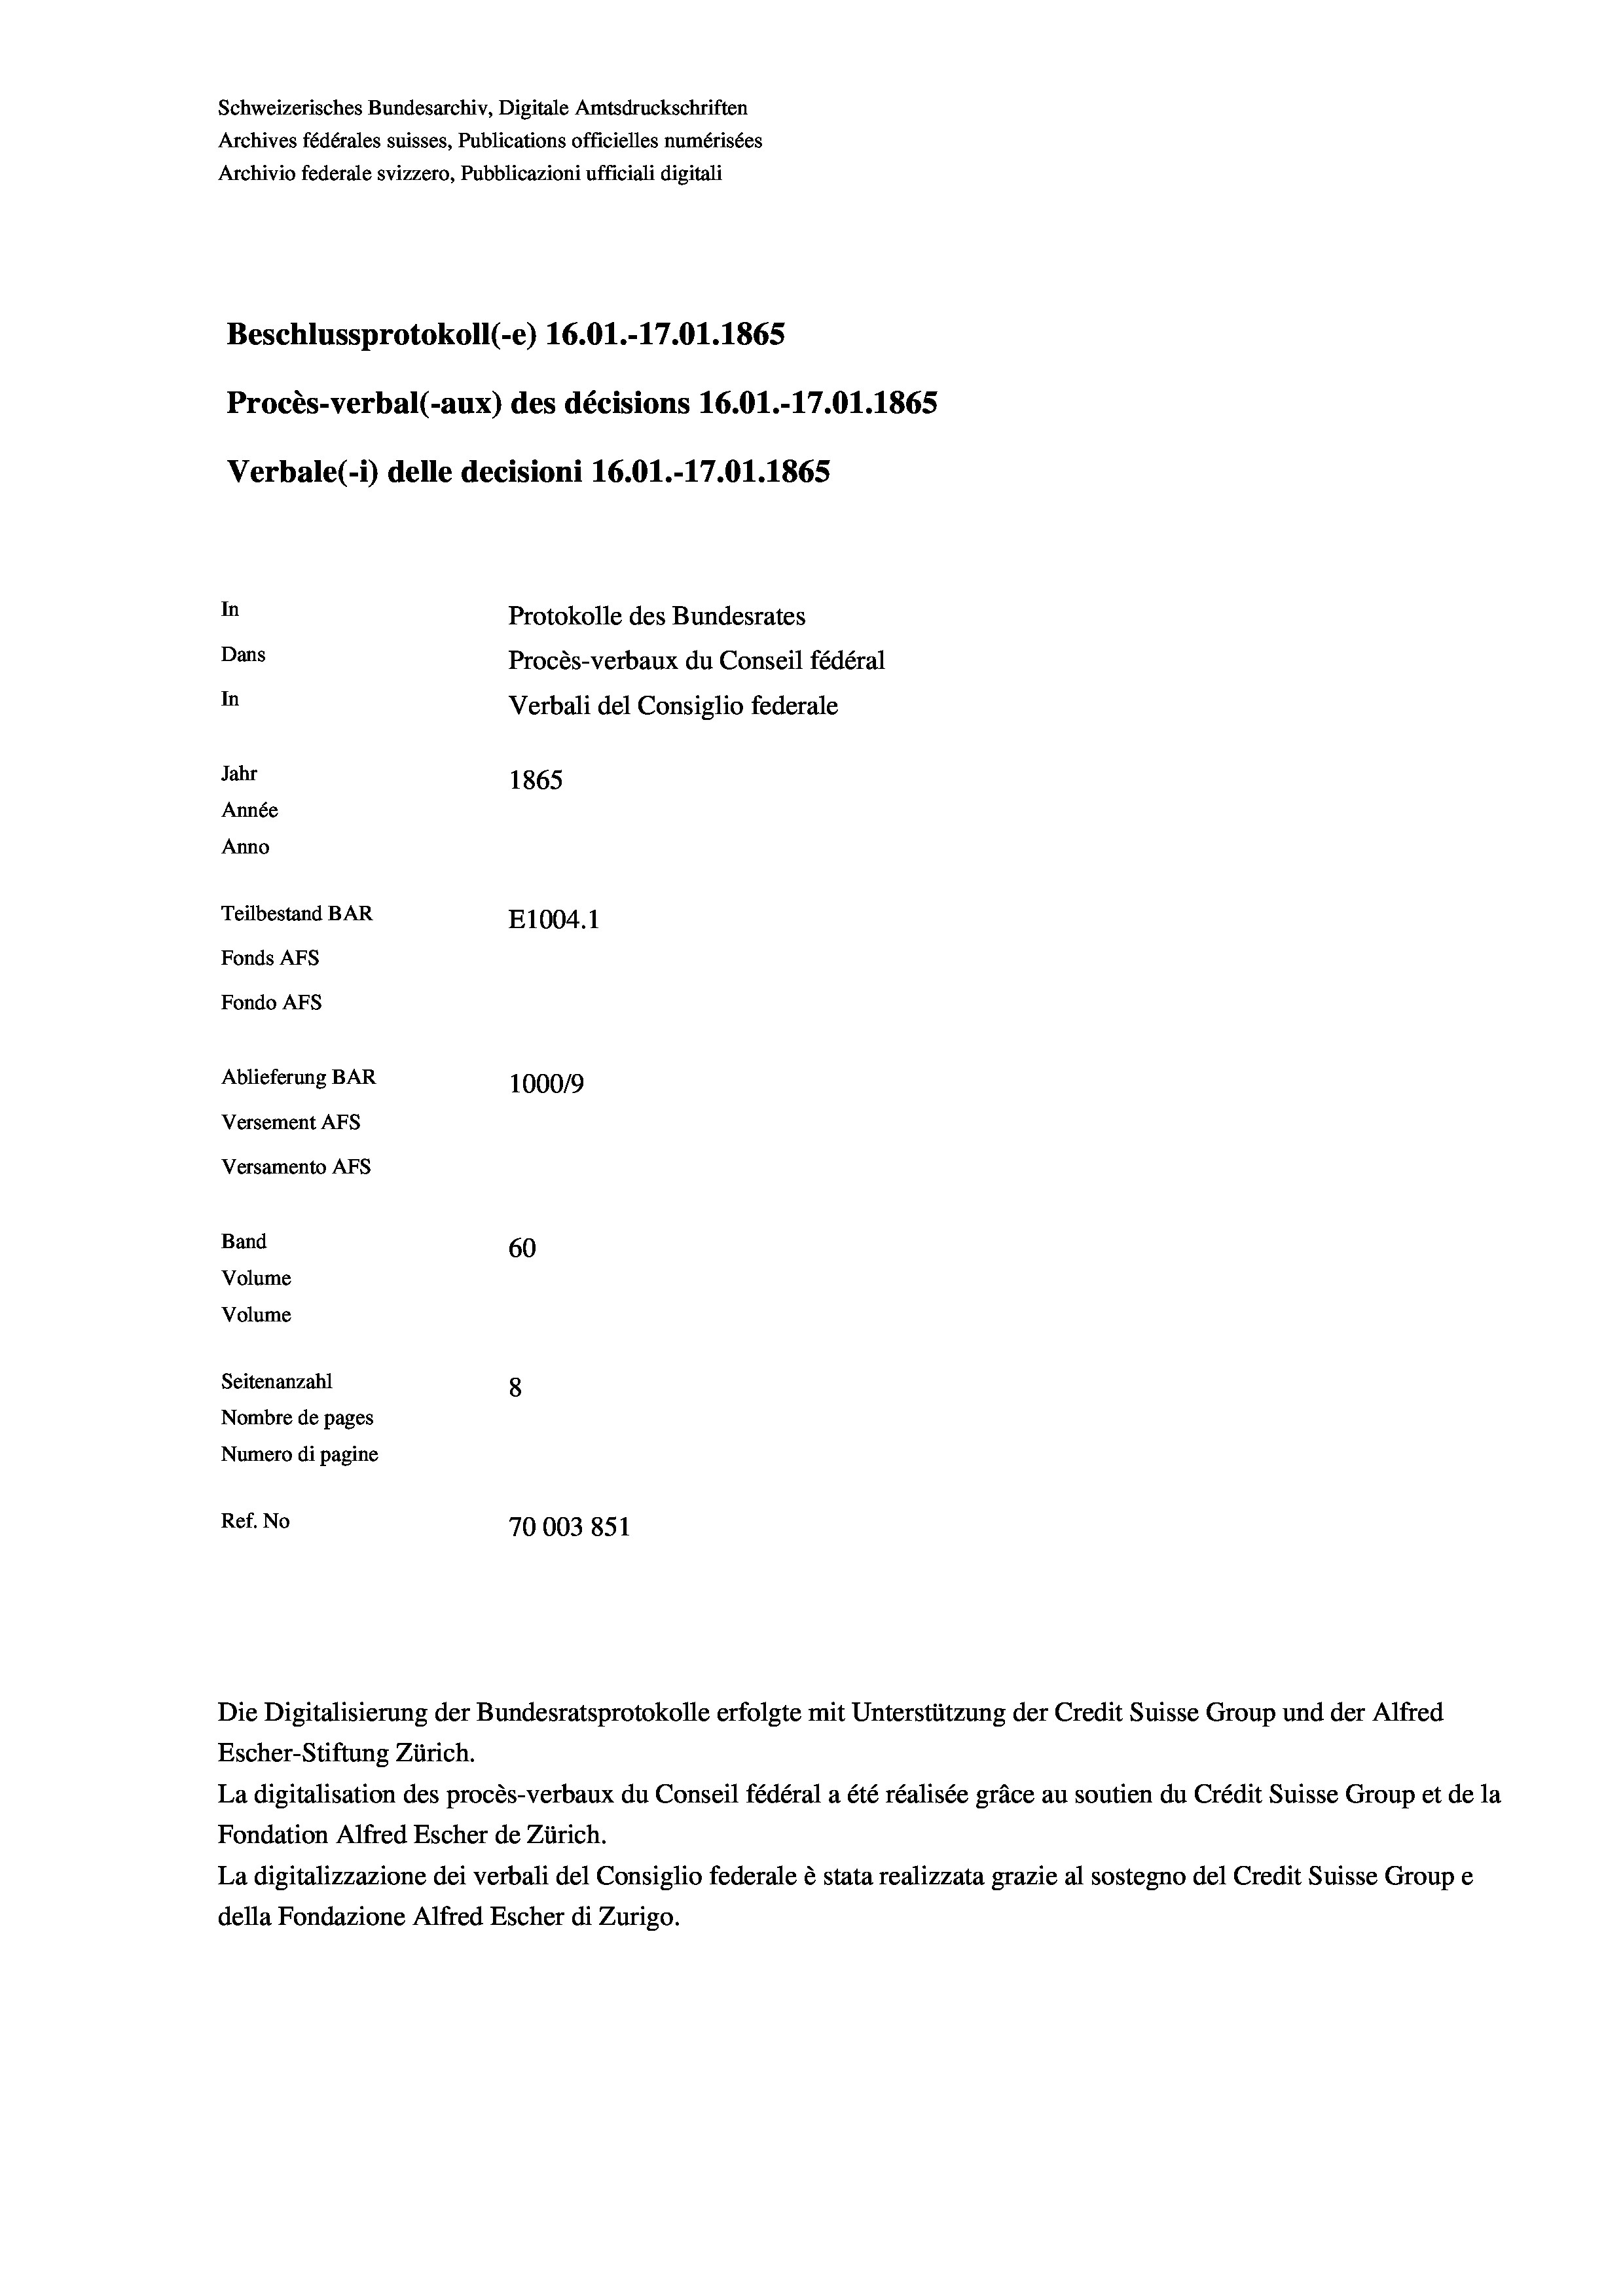
Schweizerisches Bundesarchiv, Digitale Amtsdruckschriften
Archives fédérales suisses, Publications officielles numérisées
Archivio federale svizzero, Pubblicazioni ufficiali digitali
Beschlussprotokoll (-e) 16.01.-17.01. 1865
Procès-verbal (-aux) des décisions 16.01.-17.01. 1865
Verbale(-*) delle decisioni 16.01.-17.01. 1865
In
Protokolle des Bundesrates
Dans
Procès-verbaux du Conseil fédéral
In
Verbali del Consiglio federale
Jahr
1865
Année
Anno
Teilbestand BAR
E1004.1
Fonds AFs
Fondo AFS
Ablieferung BAR
100019
Versement AFs
Versamento AFs
Band
60
Volume
Volume

Seitenanzahl
8
Nombre de pages
Numero di pagine
Ref. No
70003851

Escher-Stiftung Zürich.
La digitalisation des procès-verbaux du Conseil fédéral a été réalisée gräce au soutien du Crédit Suisse Group et de la
Fondation Alfred Escher de Zürich.
La digitalizzazione dei verbali del Consiglio federale è stata realizzata grazie al sostegno del Credit Suisse Groupe
della Fondazione Alfred Escher di Zurigo.

Die Digitalisierung der Bundesratsprotokolle erfolgte mit Unterstützung der Credit Suisse Group und der Alfred